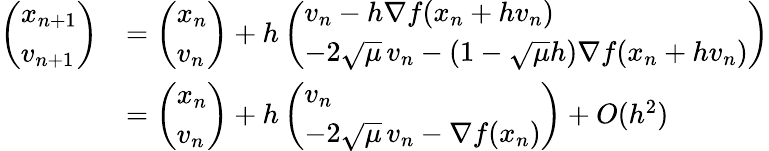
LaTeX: \begin{array}{rl}{\left(\begin{array}{l}{x_{n+1}}\\ {v_{n+1}}\end{array}\right)}&{=\left(\begin{array}{l}{x_{n}}\\ {v_{n}}\end{array}\right)+h\left(\begin{array}{l}{v_{n}-h\nabla f(x_{n}+hv_{n})}\\ {-2\sqrt\mu\, v_{n}-(1-\sqrt\mu h)\nabla f(x_{n}+hv_{n})}\end{array}\right)}\\ &{=\left(\begin{array}{l}{x_{n}}\\ {v_{n}}\end{array}\right)+h\left(\begin{array}{l}{v_{n}}\\ {-2\sqrt\mu\, v_{n}-\nabla f(x_{n})}\end{array}\right)+O(h^{2})}\end{array}